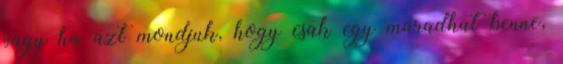
vagy ha azt mondjuk, hogy csak egy maradhat benne,